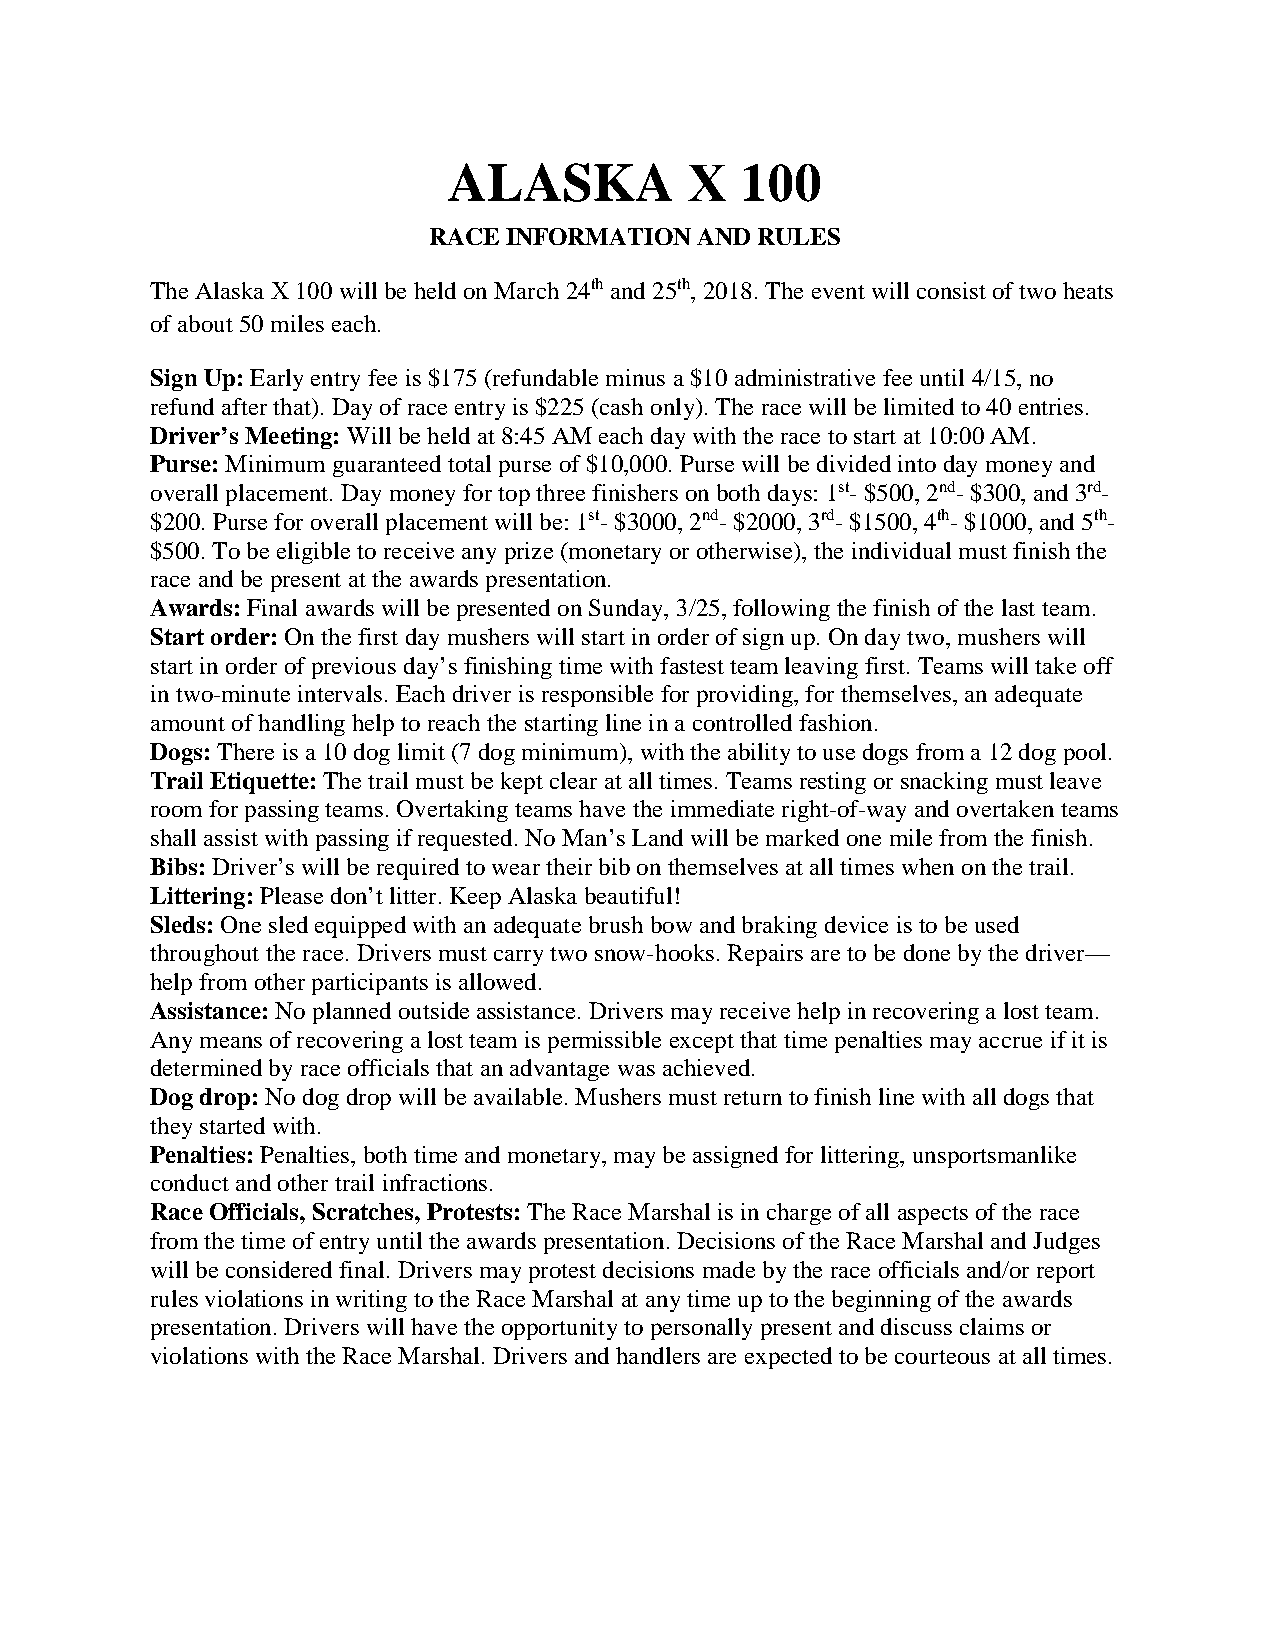
ALASKA          X  100
 RACE INFORMATION  AND RULES
 The Alaska X 100 will be held on March 24th and 25th, 2018. The event will consist of two heats
 of about 50 miles each.
 Sign Up: Early entry fee is $175 (refundable minus a $10 administrative fee until 4/15, no
 refund after that). Day of race entry is $225 (cash only). The race will be limited to 40 entries.
 Driver’s Meeting: Will be held at 8:45 AM each day with the race to start at 10:00 AM.
 Purse: Minimum guaranteed total purse of $10,000. Purse will be divided into day money and
 overall placement. Day money for top three finishers on both days: 1st- $500, 2nd- $300, and 3rd-
 $200. Purse for overall placement will be: 1st- $3000, 2nd- $2000, 3rd- $1500, 4th- $1000, and 5th-
 $500. To be eligible to receive any prize (monetary or otherwise), the individual must finish the
 race and be present at the awards presentation.
 Awards: Final awards will be presented on Sunday, 3/25, following the finish of the last team.
 Start order: On the first day mushers will start in order of sign up. On day two, mushers will
 start in order of previous day’s finishing time with fastest team leaving first. Teams will take off
 in two-minute intervals. Each driver is responsible for providing, for themselves, an adequate
 amount of handling help to reach the starting line in a controlled fashion.
 Dogs: There is a 10 dog limit (7 dog minimum), with the ability to use dogs from a 12 dog pool.
 Trail Etiquette: The trail must be kept clear at all times. Teams resting or snacking must leave
 room for passing teams. Overtaking teams have the immediate right-of-way and overtaken teams
 shall assist with passing if requested. No Man’s Land will be marked one mile from the finish.
 Bibs: Driver’s will be required to wear their bib on themselves at all times when on the trail.
 Littering: Please don’t litter. Keep Alaska beautiful!
 Sleds: One sled equipped with an adequate brush bow and braking device is to be used
 throughout the race. Drivers must carry two snow-hooks. Repairs are to be done by the driver—
 help from other participants is allowed.
 Assistance: No planned outside assistance. Drivers may receive help in recovering a lost team.
 Any means of recovering a lost team is permissible except that time penalties may accrue if it is
 determined by race officials that an advantage was achieved.
 Dog drop: No dog drop will be available. Mushers must return to finish line with all dogs that
 they started with.
 Penalties: Penalties, both time and monetary, may be assigned for littering, unsportsmanlike
 conduct and other trail infractions.
 Race Officials, Scratches, Protests: The Race Marshal is in charge of all aspects of the race
 from the time of entry until the awards presentation. Decisions of the Race Marshal and Judges
 will be considered final. Drivers may protest decisions made by the race officials and/or report
 rules violations in writing to the Race Marshal at any time up to the beginning of the awards
 presentation. Drivers will have the opportunity to personally present and discuss claims or
 violations with the Race Marshal. Drivers and handlers are expected to be courteous at all times.